Leaving Certificate Examination, 1911
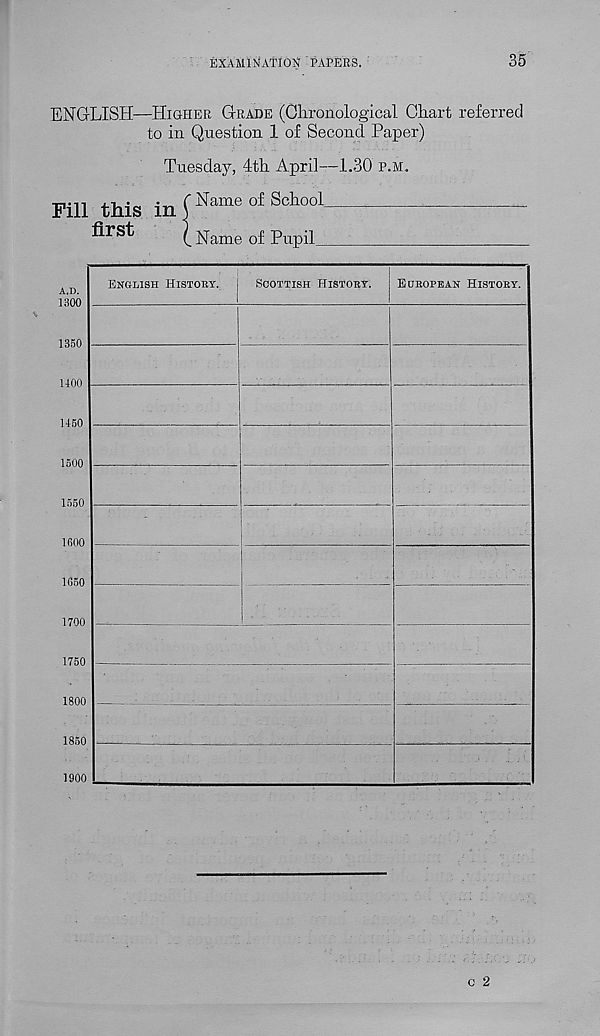
EXAMINATION PAPERS.
35
ENGLISH—Higher Grade (Chronological Chart referred
to in Question 1 of Second Paper)
Tuesday, 4th April—1.30 p.m.
Fill this in f Name of School
flrst
(.Name of Pupil
A.D.
1300
1350
1100
1450
1500
1550
1600
1650
1700
1750
1800
1850
English Histoby.
Scottish Histoby.
Eubopean Histoby.
1900